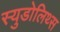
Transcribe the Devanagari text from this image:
स्युडोलिथ्स